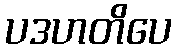
ပဒဟတိပေ